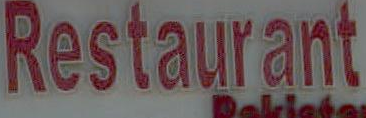
Restaurant